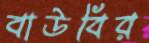
বাউবির